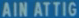
AINATTIG